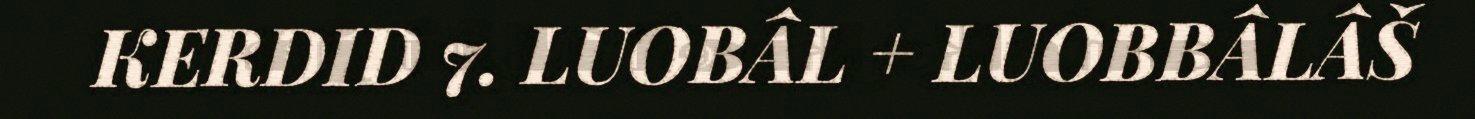
KERDID 7. LUOBÂL + LUOBBÂLÂŠ